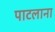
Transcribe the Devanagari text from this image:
पाटलाना